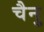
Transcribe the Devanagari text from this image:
चैनु